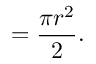
= { \frac { \pi r ^ { 2 } } { 2 } } .